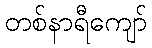
တစ်နာရီကျော်